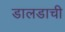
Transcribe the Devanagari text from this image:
डालडाची